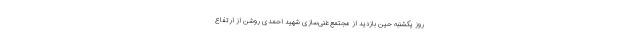
روز یکشنبه حین بازدید از مجتمع غنی‌سازی شهید احمدی روشن از ارتفاع